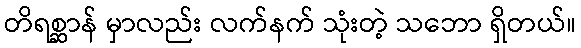
တိရစ္ဆာန် မှာလည်း လက်နက် သုံးတဲ့ သဘော ရှိတယ်။